Lunatic asylums United Provinces 1899-1908 - 1899-1908
Year: 1899
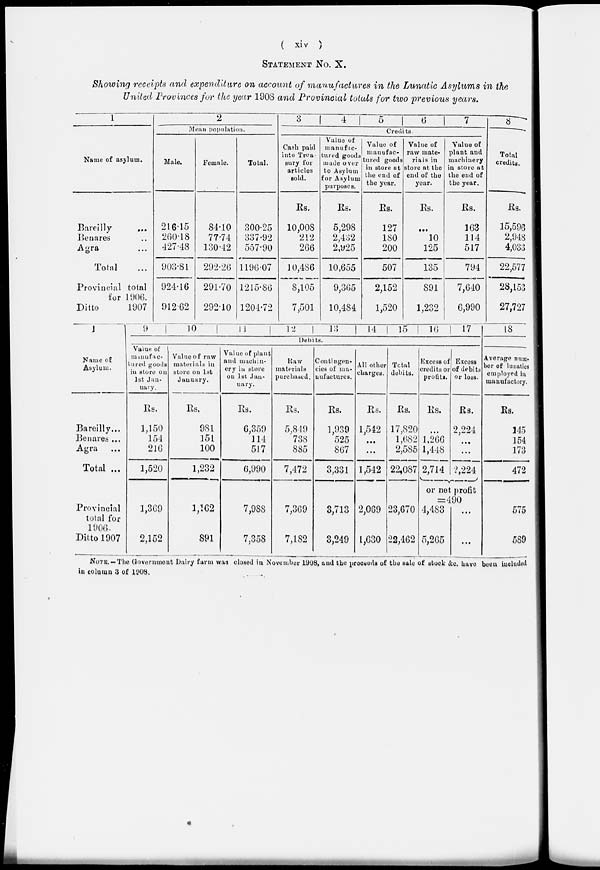
( xiv )
STATEMENT No. X.
Showing receipts and expenditure on account of manufactures in the Lunatic Asylums in the
United Provinces for the year 1908 and Provincial totals for two previous years.
1
Name of asylum.
Bareilly ...
Benares ...
Agra ...
Total ...
Provincial total
for 1906.
Ditto
1907
2
Mean population.
Male.
216.15
260.18
427.48
903.81
924.16
912.62
Female.
84.10
77.74
130.42
292.26
291.70
292.10
Total.
300.25
337.92
557.90
1196.07
1215.86
1204.72
3
4
5
6
7
8
Credits.
Cash paid
into Trea-
sury for
articles
sold.
Rs.
10,008
212
266
10,486
8,105
7,501
Value of
manufac-
tured goods
made over
to Asylum
for Asylum
purposes.
Rs.
5,298
2,432
2,925
10,655
9,365
10,484
Value of
manufac-
tured goods
in store at
the end of
the year.
Rs.
127
180
200
507
2,152
1,520
Value of
raw mate-
rials in
store at the
end of the
year.
Rs.
...
10
125
135
891
1,232
Value of
plant and
machinery
in store at
the end of
the year.
Rs.
163
114
517
794
7,640
6,990
Total
credits.
Rs.
15,596
2,948
4,033
22,577
28,153
27,727
Name of
Asylum.
Bareilly...
Bienares ...
Agra ...
Total ...
9
10
11
12
13
14
15
16
17
18
Debits.
Value of
manufactured goods
in store on
1st Jan-
uary.
Rs.
1,150
154
216
1,520
Value of raw
materials in
store on 1st
January.
Rs.
981
151
100
1,232
Value of plant
and machin-
ery in store
on 1st Jan-
uary.
Rs.
6,359
114
517
6,990
Raw
materials
purchased.
Rs.
5,849
738
885
7,472
Contingen-
cies of ma-
nufactures.
Rs.
1,939
525
867
3,331
All other
charges.
Rs.
1,542
...
...
1,542
Total
debits.
Rs.
17,820
1,682
2,585
22,087
Excess of
credits or
profits.
Rs.
...
1,266
1,448
2,714
Excess
of debits
or loss.
Rs.
2,224
...
...
2,224
Average num-
ber of lunatics
employed in
manufactory.
Rs.
145
154
173
472
or net profit
=490
Provincial
total for
1906.
Ditto 1907
1,369
2,152
1,162
891
7,988
7,358
7,369
7,182
3,713
3,249
2,069
1,630
23,670
22,462
4,483
5,265
...
...
575
589
NOTE.-The Government Dairy farm was closed in November 1908, and the proceeds of the sale of stock &c. have been included
in column 3 of 1908.